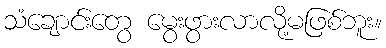
သံချောင်းတွေ မွေးဖွားလာလို့မဖြစ်ဘူး။